Annual report of the Madras Medical College
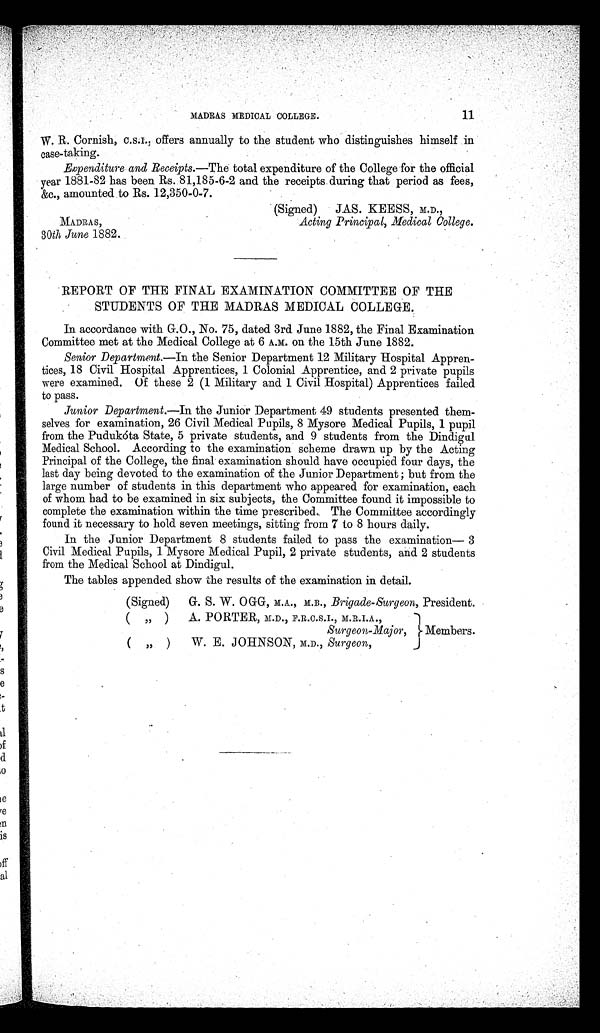
MADRAS MEDICAL COLLEGE.
11
W. R. Cornish, C.S.I., offers annually to the student who distinguishes himself in
case-taking.
Expenditure and Receipts.—The total expenditure of the College for the official
year 1881-82 has been Rs. 81,185-6-2 and the receipts during that period as fees,
&c., amounted to Rs. 12,350-0-7.
(Signed)JAS. KEESS, M.D.,
MADRAS,
Acting Principal, Medical College.
30th June 1882.
REPORT OF THE FINAL EXAMINATION COMMITTEE OF THE
STUDENTS OF THE MADRAS MEDICAL COLLEGE.
In accordance with G.O., No. 75, dated 3rd June 1882, the Final Examination
Committee met at the Medical College at 6 A.M. on the 15th June 1882.
Senior Department. —In the Senior Department 12 Military Hospital Appren
- t i c e s , 1 8 C i v i l H o s p i t a l A p p r e n t i c e s , 1 C o l o n i a l A p p r e n t i c e , a n d 2 p r i v a t e p u p i l s
were examined. Of these 2 (1 Military and 1 Civil Hospital) Apprentices failed
to pass.
Junior Department. —In the Junior Department 49 students presented them
- s e l v e s f o r e x a m i n a t i o n , 2 6 C i v i l M e d i c a l P u p i l s , 8 M y s o r e M e d i c a l P u p i l s , 1 p u p i l
from the Pudukota State, 5 private students, and 9 students from the Dindigul
Medical School. According to the examination scheme drawn up by the Acting
Principal of the College, the final examination should have occupied four days, the
last day being devoted to the examination of the Junior Department; but from the
large number of students in this department who appeared for examination, each
of whom had to be examined in six subjects, the Committee found it impossible to
complete the examination within the time prescribed. The Committee accordingly
found it necessary to hold seven meetings, sitting from 7 to 8 hours daily.
In the Junior Department 8 students failed to pass the examination— 3
Civil Medical Pupils, 1. Mysore Medical Pupil, 2 private students, and 2 students
from the Medical School at Dindigul.
The tables appended show the results of the examination in detail.
(Signed)
G. S. W. OGG, M.A., M.B., Brigade-Surgeon, President.
( „ )
A. PORTER, M.D., F.R.C.S.I., M.R.I.A.,
Surgeon-Major, Members.
( „ )
W. E. JOHNSON, M.D., Surgeon,